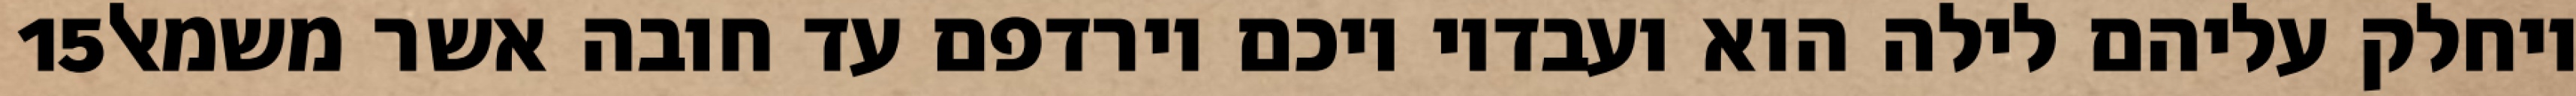
‎15‏ ויחלק עליהם לילה הוא ועבדיו ויכם וירדפם עד חובה אשר משמאל